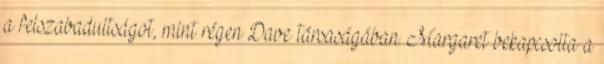
a felszabadultságot, mint régen Dave társaságában. Margaret bekapcsolta a